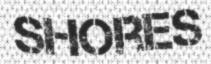
SHORES